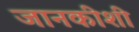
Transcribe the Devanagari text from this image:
जानकीशी